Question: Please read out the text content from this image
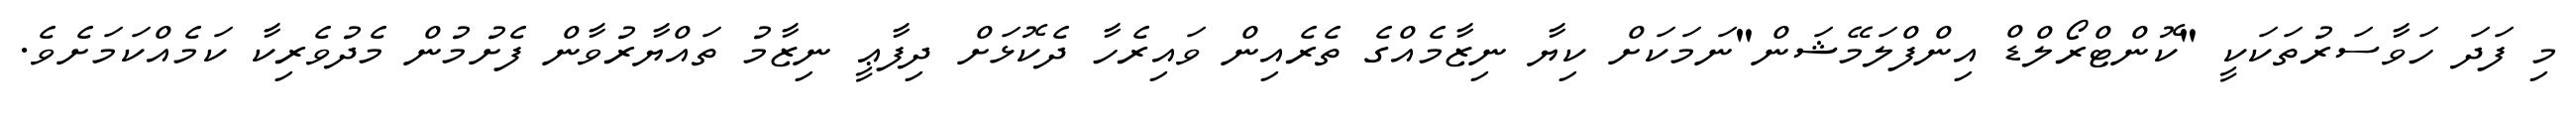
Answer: މި ފަދަ ހަވާސަރުތަކަކީ "ކޮންޓްރޯލްޑް އިންފްލަމޭޝަން"ނަމަކަށް ކިޔާ ނިޒާމެއްގެ ތެރެއިން ވައިރެހާ ދެކޮޅަށް ދިފާޢީ ނިޒާމު ތައްޔާރުވާން ފެށުމުން މެދުވެރިކާ ކަމެއްކަމަށެވެ.